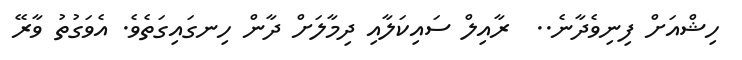
ހިޝްއަށް ފިނިވެދާނެ..  ރާއިލް ސައިކަލާއި ދިމާލަށް ދާން ހިނގައިގަތެވެ. އެވަގުތު ވާރޭ